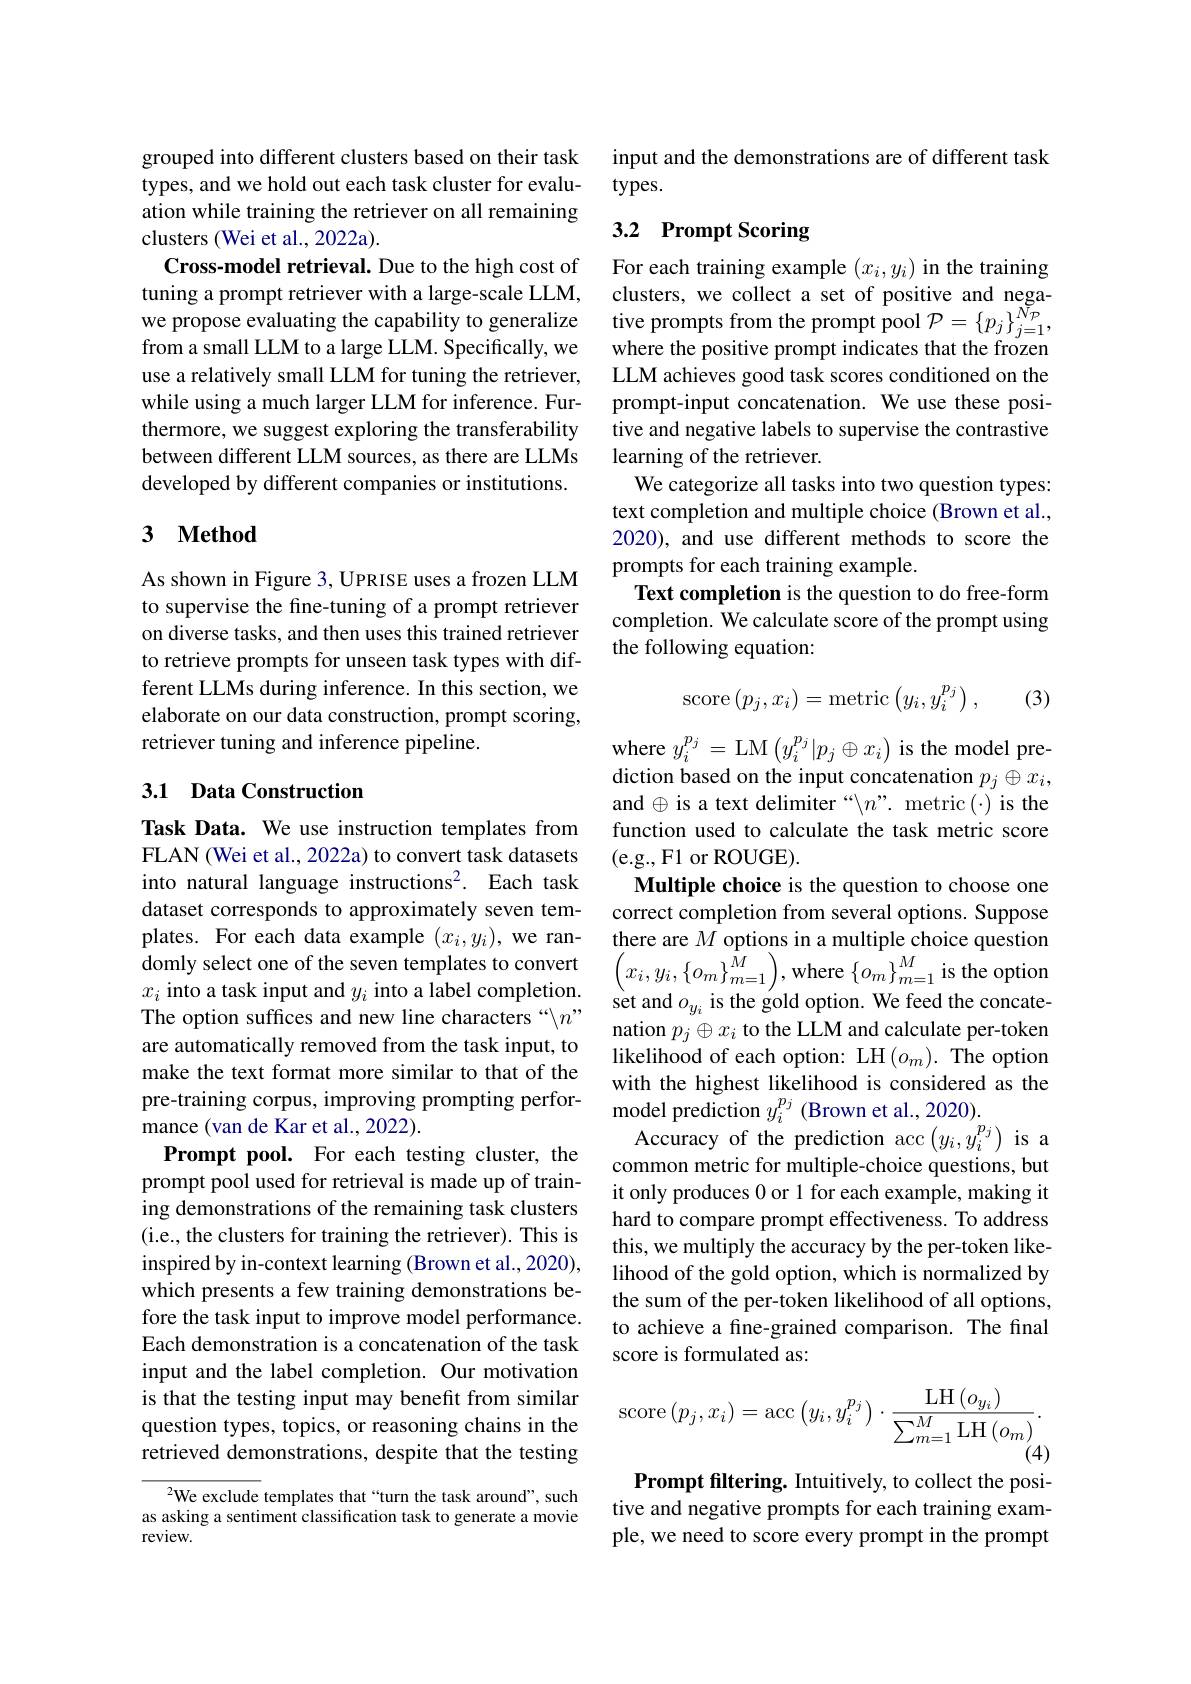
grouped into different clusters based on their task types, and we hold out each task cluster for evaluation while training the retriever on all remaining clusters (Wei et al., 2022a).
Cross-model retrieval. Due to the high cost of
tuning a prompt retriever with a large-scale LLM, clusters, we collect a set of positive and negawe propose evaluating the capability to generalize tive prompts from the prompt pool $\mathcal{P}=\{p_j\}_{j=1}^{N_P}$,
from a small LLM to a large LLM. Specifically, we use a relatively small LLM for tuning the retriever, while using a much larger LLM for inference. Furthermore, we suggest exploring the transferability between different LLM sources, as there are LLMs developed by different companies or institutions.

## 3 $\mathbf{Method}$

As shown in Figure 3, UPRISE uses a frozen LLM to supervise the fine-tuning of a prompt retriever on diverse tasks, and then uses this trained retriever to retrieve prompts for unseen task types with different LLMs during inference. In this section, we elaborate on our data construction, prompt scoring, retriever tuning and inference pipeline.

### 3.1 Data Construction

Task Data. We use instruction templates from FLAN (Wei et al., 2022a) to convert task datasets into natural language instructions$^2.$ Each task dataset corresponds to approximately seven templates. For each data example $(x_i,y_i)$, we ran- $x_i$ into a task input and $y_i$ into a label completion. The option suffices and new line characters “\n” are automatically removed from the task input, to make the text format more similar to that of the pre-training corpus, improving prompting performance (van de Kar et al., 2022).
Prompt pool. For each testing cluster, the prompt pool used for retrieval is made up of training demonstrations of the remaining task clusters (i.e., the clusters for training the retriever). This is inspired by in-context learning (Brown et al., 2020), which presents a few training demonstrations before the task input to improve model performance. Each demonstration is a concatenation of the task input and the label completion. Our motivation is that the testing input may benefit from similar question types, topics, or reasoning chains in the retrieved demonstrations, despite that the testing

$^{2}$We exclude templates that“turn the task around”, such as asking a sentiment classification task to generate a movie review.

input and the demonstrations are of different task
$types.$

## 3.2 Prompt Scoring

For each training example $(x_i,y_i)$ in the training where the positive prompt indicates that the frozen LLM achieves good task scores conditioned on the prompt-input concatenation. We use these positive and negative labels to supervise the contrastive learning of the retriever.
We categorize all tasks into two question types: text completion and multiple choice (Brown et al., 2020), and use different methods to score the prompts for each training example.
Text completion is the question to do free-form completion. We calculate score of the prompt using the following equation:

(3)
$$\mathrm{score}\left(p_j,x_i\right)=\mathrm{metric}\left(y_i,y_i^{p_j}\right),$$
where $y_i^{p_j}=$LM$\left(y_i^{p_j}|p_j\oplus x_i\right)$is the model prediction based on the input concatenation $p_j\oplus x_i$, and $\oplus$ is a text delimiter “$\backslash n”.$ metric(·) is the function used to calculate the task metric score (e.g.,F1 or ROUGE).
Multiple choice is the question to choose one correct completion from several options. Suppose there are $M$ options in a multiple choice question
$\begin{array}{l}\text{domly select one of the seven templates to convert}\\x_{i}\text{ into a task input and }y_{i}\text{ into a label completion.}\end{array}\left(x_{i},y_{i},\{o_{m}\}_{m=1}^{\hat{M}}\right)$,where $\left\{o_{m}\right\}_{m=1}^{M}$ is the option
set and $o_{y_{i}}$ is the gold option. We feed the concatenation $p_j\oplus x_i$ to the LLM and calculate per-token likelihood of each option: LH$(o_m).$ The option with the highest likelihood is considered as the model prediction $y_i^{p_j}$ (Brown et al., 2020).
Accuracy of the prediction acc$\left(y_{i},y_{i}^{p_{j}}\right)$ is a common metric for multiple-choice questions, but it only produces 0 or 1 for each example, making it hard to compare prompt effectiveness. To address this, we multiply the accuracy by the per-token likelihood of the gold option, which is normalized by the sum of the per-token likelihood of all options, to achieve a fne-grained comparison. The final score is formulated as:
$$\mathrm{score}\left(p_{j},x_{i}\right)=\mathrm{acc}\left(y_{i},y_{i}^{p_{j}}\right)\cdot\frac{\mathrm{LH}\left(o_{y_{i}}\right)}{\sum_{m=1}^{M}\mathrm{LH}\left(o_{m}\right)}.$$
Prompt filtering. Intuitively, to collect the positive and negative prompts for each training example, we need to score every prompt in the prompt